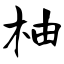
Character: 柚